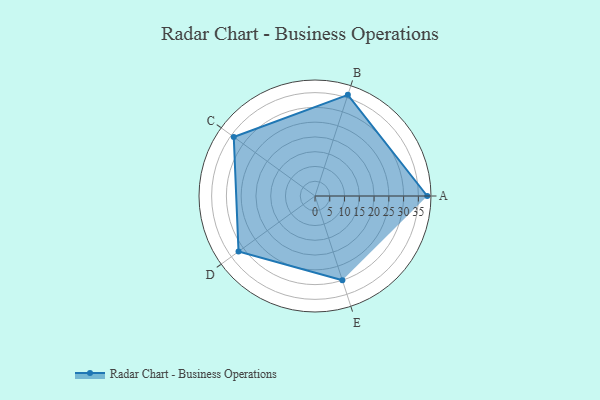
{"axis": {"x": "Skill", "y": "Score"}, "legend": ["Profile"], "data": [{"x": "A", "y": 38.0, "type": "Profile"}, {"x": "B", "y": 36.0, "type": "Profile"}, {"x": "C", "y": 34.0, "type": "Profile"}, {"x": "D", "y": 32.0, "type": "Profile"}, {"x": "E", "y": 30.0, "type": "Profile"}]}